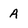
Character: A